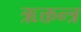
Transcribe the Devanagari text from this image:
ऋक्तन्त्र